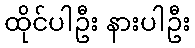
ထိုင်ပါဦး နားပါဦး